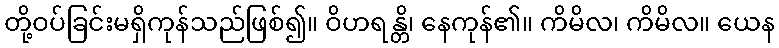
တို့ဝပ်ခြင်းမရှိကုန်သည်ဖြစ်၍။ ဝိဟရန္တိ၊ နေကုန်၏။ ကိမိလ၊ ကိမိလ။ ယေန